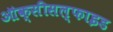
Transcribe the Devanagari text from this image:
ऑक्सीसल्फाइड